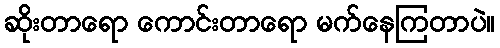
ဆိုးတာရော ကောင်းတာရော မက်နေကြတာပဲ။